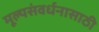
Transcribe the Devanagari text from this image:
मूल्यसंवर्धनासाठी